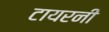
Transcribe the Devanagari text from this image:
टायरनी